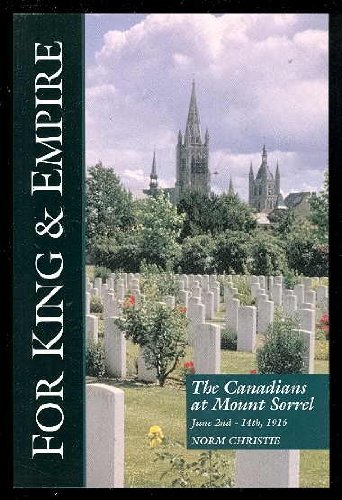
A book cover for The Canadians at Mount Sorrel, June 1916 (For King & Empire Vol VIII); Norm Christie; History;